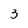
Character: 3